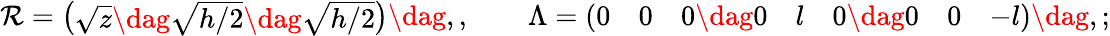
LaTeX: \begin{array}{r}{\mathcal{R}=\left(\begin{array}{l}{\sqrt{z}\dag\sqrt{{h}/{2}}\dag\sqrt{{h}/{2}}}\end{array}\right)\dag,,\qquad\Lambda=\left(\begin{array}{lllllll}{0}&{0}&{0\dag 0}&{l}&{0\dag 0}&{0}&{-l}\end{array}\right)\dag,;}\end{array}